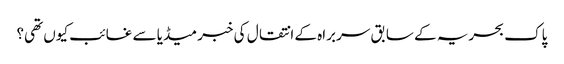
پاک بحریہ کے سابق سربراہ کے انتقال کی خبر میڈیا سے غائب کیوں تھی؟